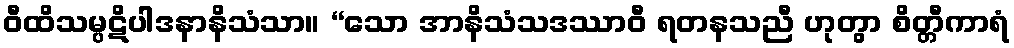
ဝီထိသမ္ပဋိပါဒနာနိသံသာ။ “သော အာနိသံသဒဿာဝီ ရတနသညီ ဟုတွာ စိတ္တီကာရံ